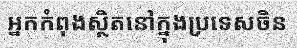
អ្នកកំពុងស្ថិតនៅក្នុងប្រទេសចិន